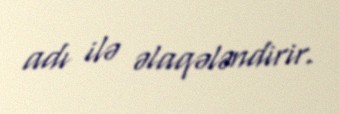
adı ilə əlaqələndirir.